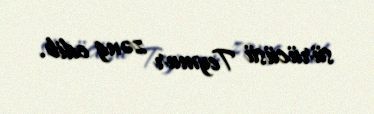
sürücüsü Teymur zəng edib.